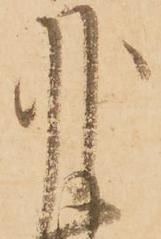
月